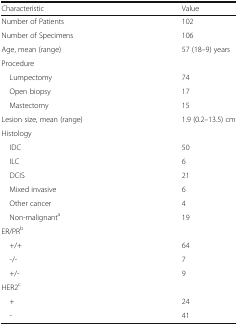
| Characteristic | Value |
 | --- | --- |
 | Number of Patients | 102 |
 | Number of Specimens | 106 |
 | Age, mean (range) | 57 (18–9) years |
 | <COLSPAN=2> Procedure |
 | Lumpectomy | 74 |
 | Open biopsy | 17 |
 | Mastectomy | 15 |
 | Lesion size, mean (range) | 1.9 (0.2–13.5) cm |
 | Histology |  |
 | IDC | 50 |
 | ILC | 6 |
 | DCIS | 21 |
 | Mixed invasive | 6 |
 | Other cancer | 4 |
 | Non-malignanta | 19 |
 | <COLSPAN=2> ER/PRb |
 | +/+ | 64 |
 | -/- | 7 |
 | +/- | 9 |
 | <COLSPAN=2> HER2c |
 | + | 24 |
 | - | 41 |